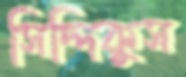
সিদ্দিকুস